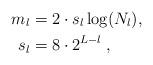
LaTeX: \begin{align*}m_l &= 2 \cdot s_l \log(N_l), \\ s_l &= 8\cdot 2^{L-l}\;, \end{align*}